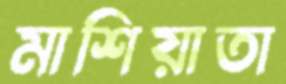
মাশিয়াতা